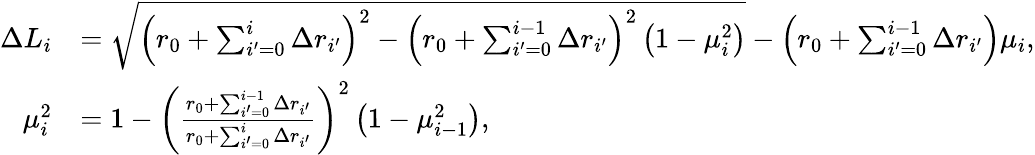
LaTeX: \begin{array}{rl}{\Delta L_{i}}&{=\sqrt{\left(r_{0}+\sum_{i^{\prime}=0}^{i}\Delta r_{i^{\prime}}\right)^{2}-\left(r_{0}+\sum_{i^{\prime}=0}^{i-1}\Delta r_{i^{\prime}}\right)^{2}\left(1-\mu_{i}^{2}\right)}-\left(r_{0}+\sum_{i^{\prime}=0}^{i-1}\Delta r_{i^{\prime}}\right)\mu_{i},}\\ {\mu_{i}^{2}}&{=1-\left(\frac{r_{0}+\sum_{i^{\prime}=0}^{i-1}\Delta r_{i^{\prime}}}{r_{0}+\sum_{i^{\prime}=0}^{i}\Delta r_{i^{\prime}}}\right)^{2}\left(1-\mu_{i-1}^{2}\right),}\end{array}